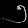
Digit: ၅